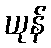
ယုန်